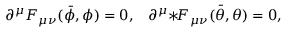
\partial ^ { \mu } F _ { \mu \nu } ( \bar { \phi } , \phi ) = 0 , \; \; \; \partial ^ { \mu } { * } \! F _ { \mu \nu } ( \bar { \theta } , \theta ) = 0 ,